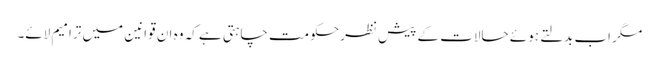
مگر اب بدلتے ہوئے حالات کے پیش نظر حکومت چاہتی ہے کہ وہ ان قوانین میں ترامیم لائے۔